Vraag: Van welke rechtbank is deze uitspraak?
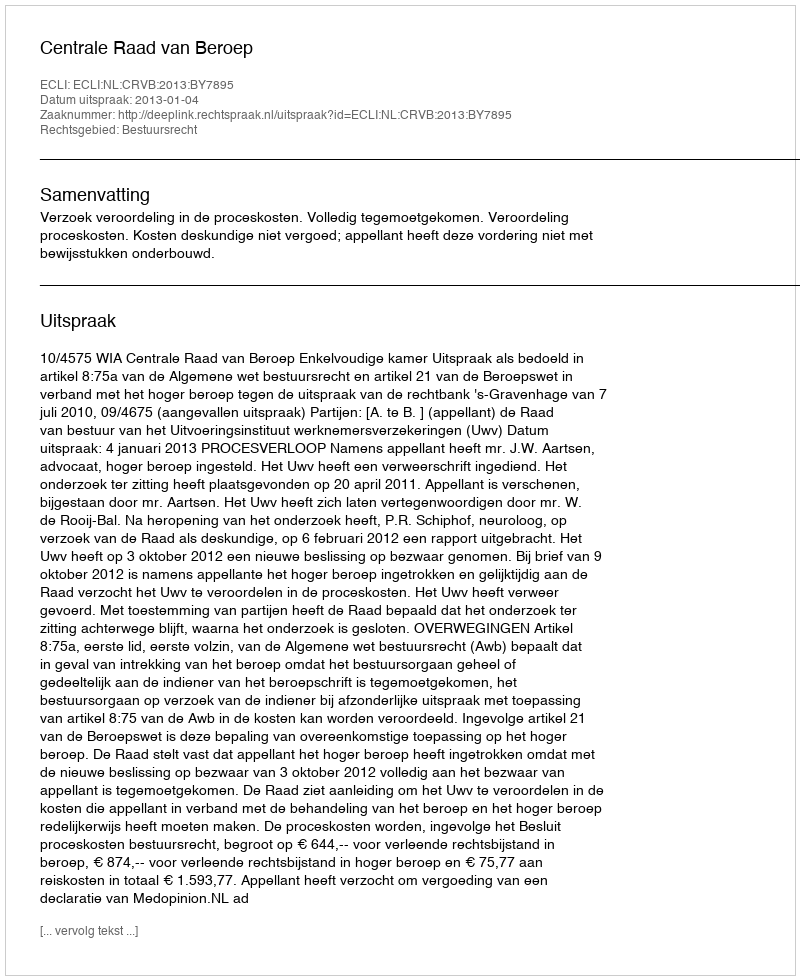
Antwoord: Centrale Raad van Beroep